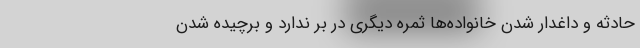
حادثه و داغدار شدن خانواده‌ها ثمره دیگری در بر ندارد و برچیده شدن